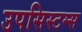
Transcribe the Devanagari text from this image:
उपसिस्टम्स